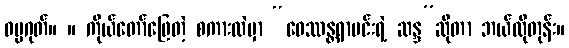
ဓမ္မဂုတ်။ ။ ကိုယ်တော်ဖြေတဲ့ စကားထဲမှာ “ဝေဿန္တရာမင်းရဲ့ ဆန္ဒ”ဆိုတာ ဘယ်လိုတုန်း။